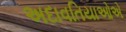
અદાવતિયાઓએ